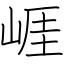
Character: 崕